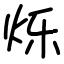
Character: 烁